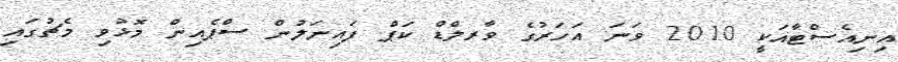
އިނިއެސްޓާއަކީ 2010 ވަނަ އަހަރުގެ ވާރލްޑް ކަޕް ފައިނަލުން ސްޕެއިން މޮޅުވި މެޗުގައި